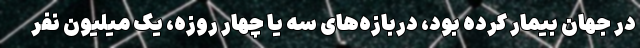
در جهان بیمار کرده بود، دربازه‌های سه یا چهار روزه، یک میلیون نفر